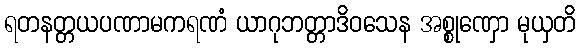
ရတနတ္တယပဏာမကရဏံ ယာဂုဘတ္တာဒိဝသေန အစ္စုဏှော မုယှတိ